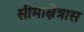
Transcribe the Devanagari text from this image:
सीमाक्षेत्रास